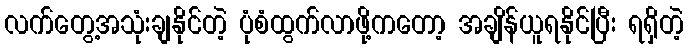
လက်တွေ့အသုံးချနိုင်တဲ့ ပုံစံထွက်လာဖို့ကတော့ အချိန်ယူရနိုင်ပြီး ရရှိတဲ့